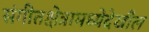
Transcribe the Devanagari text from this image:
संगीतक्षेत्रामध्येदेखील